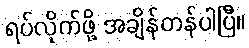
ရပ်လိုက်ဖို့ အချိန်တန်ပါပြီ။